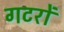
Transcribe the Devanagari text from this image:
गटरों